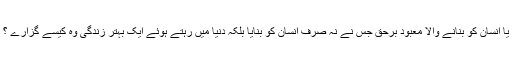
یا انسان کو بنانے والا معبود برحق جس نے نہ صرف انسان کو بنایا بلکہ دنیا میں رہتے ہوئے ایک بہتر زندگی وہ کیسے گزارے ؟